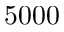
5 0 0 0